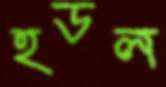
হডল